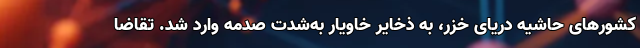
کشورهای حاشیه دریای خزر، به ذخایر خاویار به‌شدت صدمه وارد شد. تقاضا